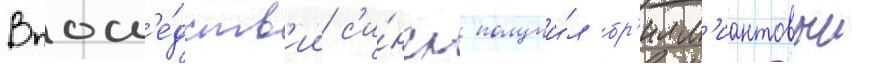
Впосл'е́дств'ии с'и́нгл получи́л бр'илл'иантовыи